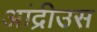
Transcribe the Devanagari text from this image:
आंद्रीउस